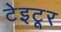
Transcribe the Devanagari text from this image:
टेइटूर